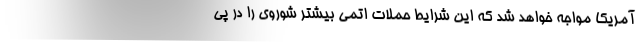
آمریکا مواجه خواهد شد که این شرایط حملات اتمی بیشتر شوروی را در پی